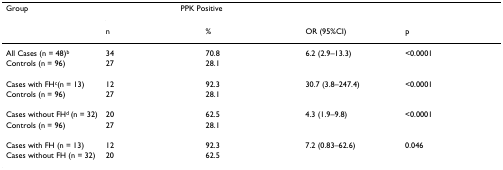
| Group | <COLSPAN=2> PPK Positive |  |  |
 |  | n | % | OR (95%CI) | p |
 | --- | --- | --- | --- | --- |
 | All Cases (n = 48)b | 34 | 70.8 | 6.2 (2.9–13.3) | <0.0001 |
 | Controls (n = 96) | 27 | 28.1 |  |  |
 | Cases with FHc(n = 13) | 12 | 92.3 | 30.7 (3.8–247.4) | <0.0001 |
 | Controls (n = 96) | 27 | 28.1 |  |  |
 | Cases without FHd (n = 32) | 20 | 62.5 | 4.3 (1.9–9.8) | <0.0001 |
 | Controls (n = 96) | 27 | 28.1 |  |  |
 | Cases with FH (n = 13) | 12 | 92.3 | 7.2 (0.83–62.6) | 0.046 |
 | Cases without FH (n = 32) | 20 | 62.5 |  |  |